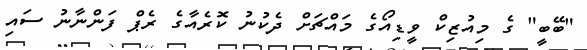
"ބޭބީ" ގެ މިއުޒިކް ވީޑިއޯގެ މައްޗަށް ދެކުނު ކޮރެއާގެ ރެޕް ފަންނާނު ސައި